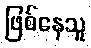
ဖြစ်နေသူ